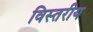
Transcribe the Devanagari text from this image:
विस्तरीय